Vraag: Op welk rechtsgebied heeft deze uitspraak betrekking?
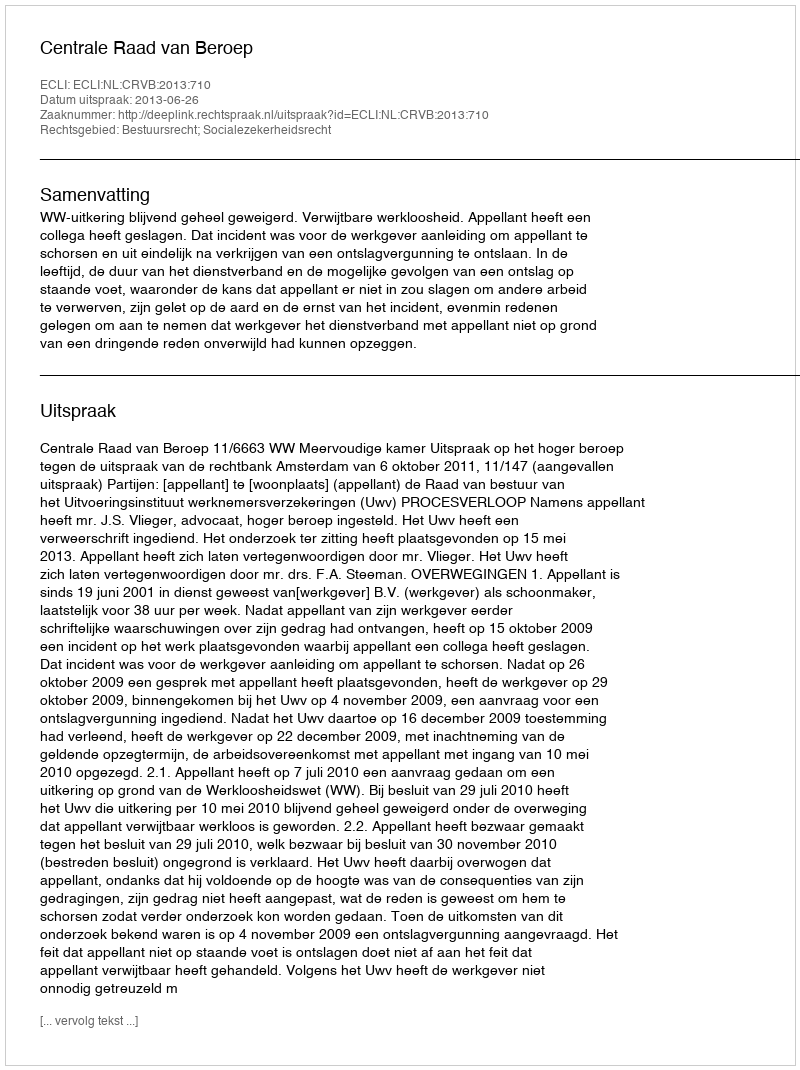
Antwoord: Bestuursrecht; Socialezekerheidsrecht